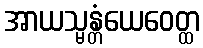
အာယသ္မန္တံယေဝေတ္ထ